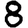
Digit: 8